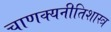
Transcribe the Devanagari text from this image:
चाणक्यनीतिशास्त्र